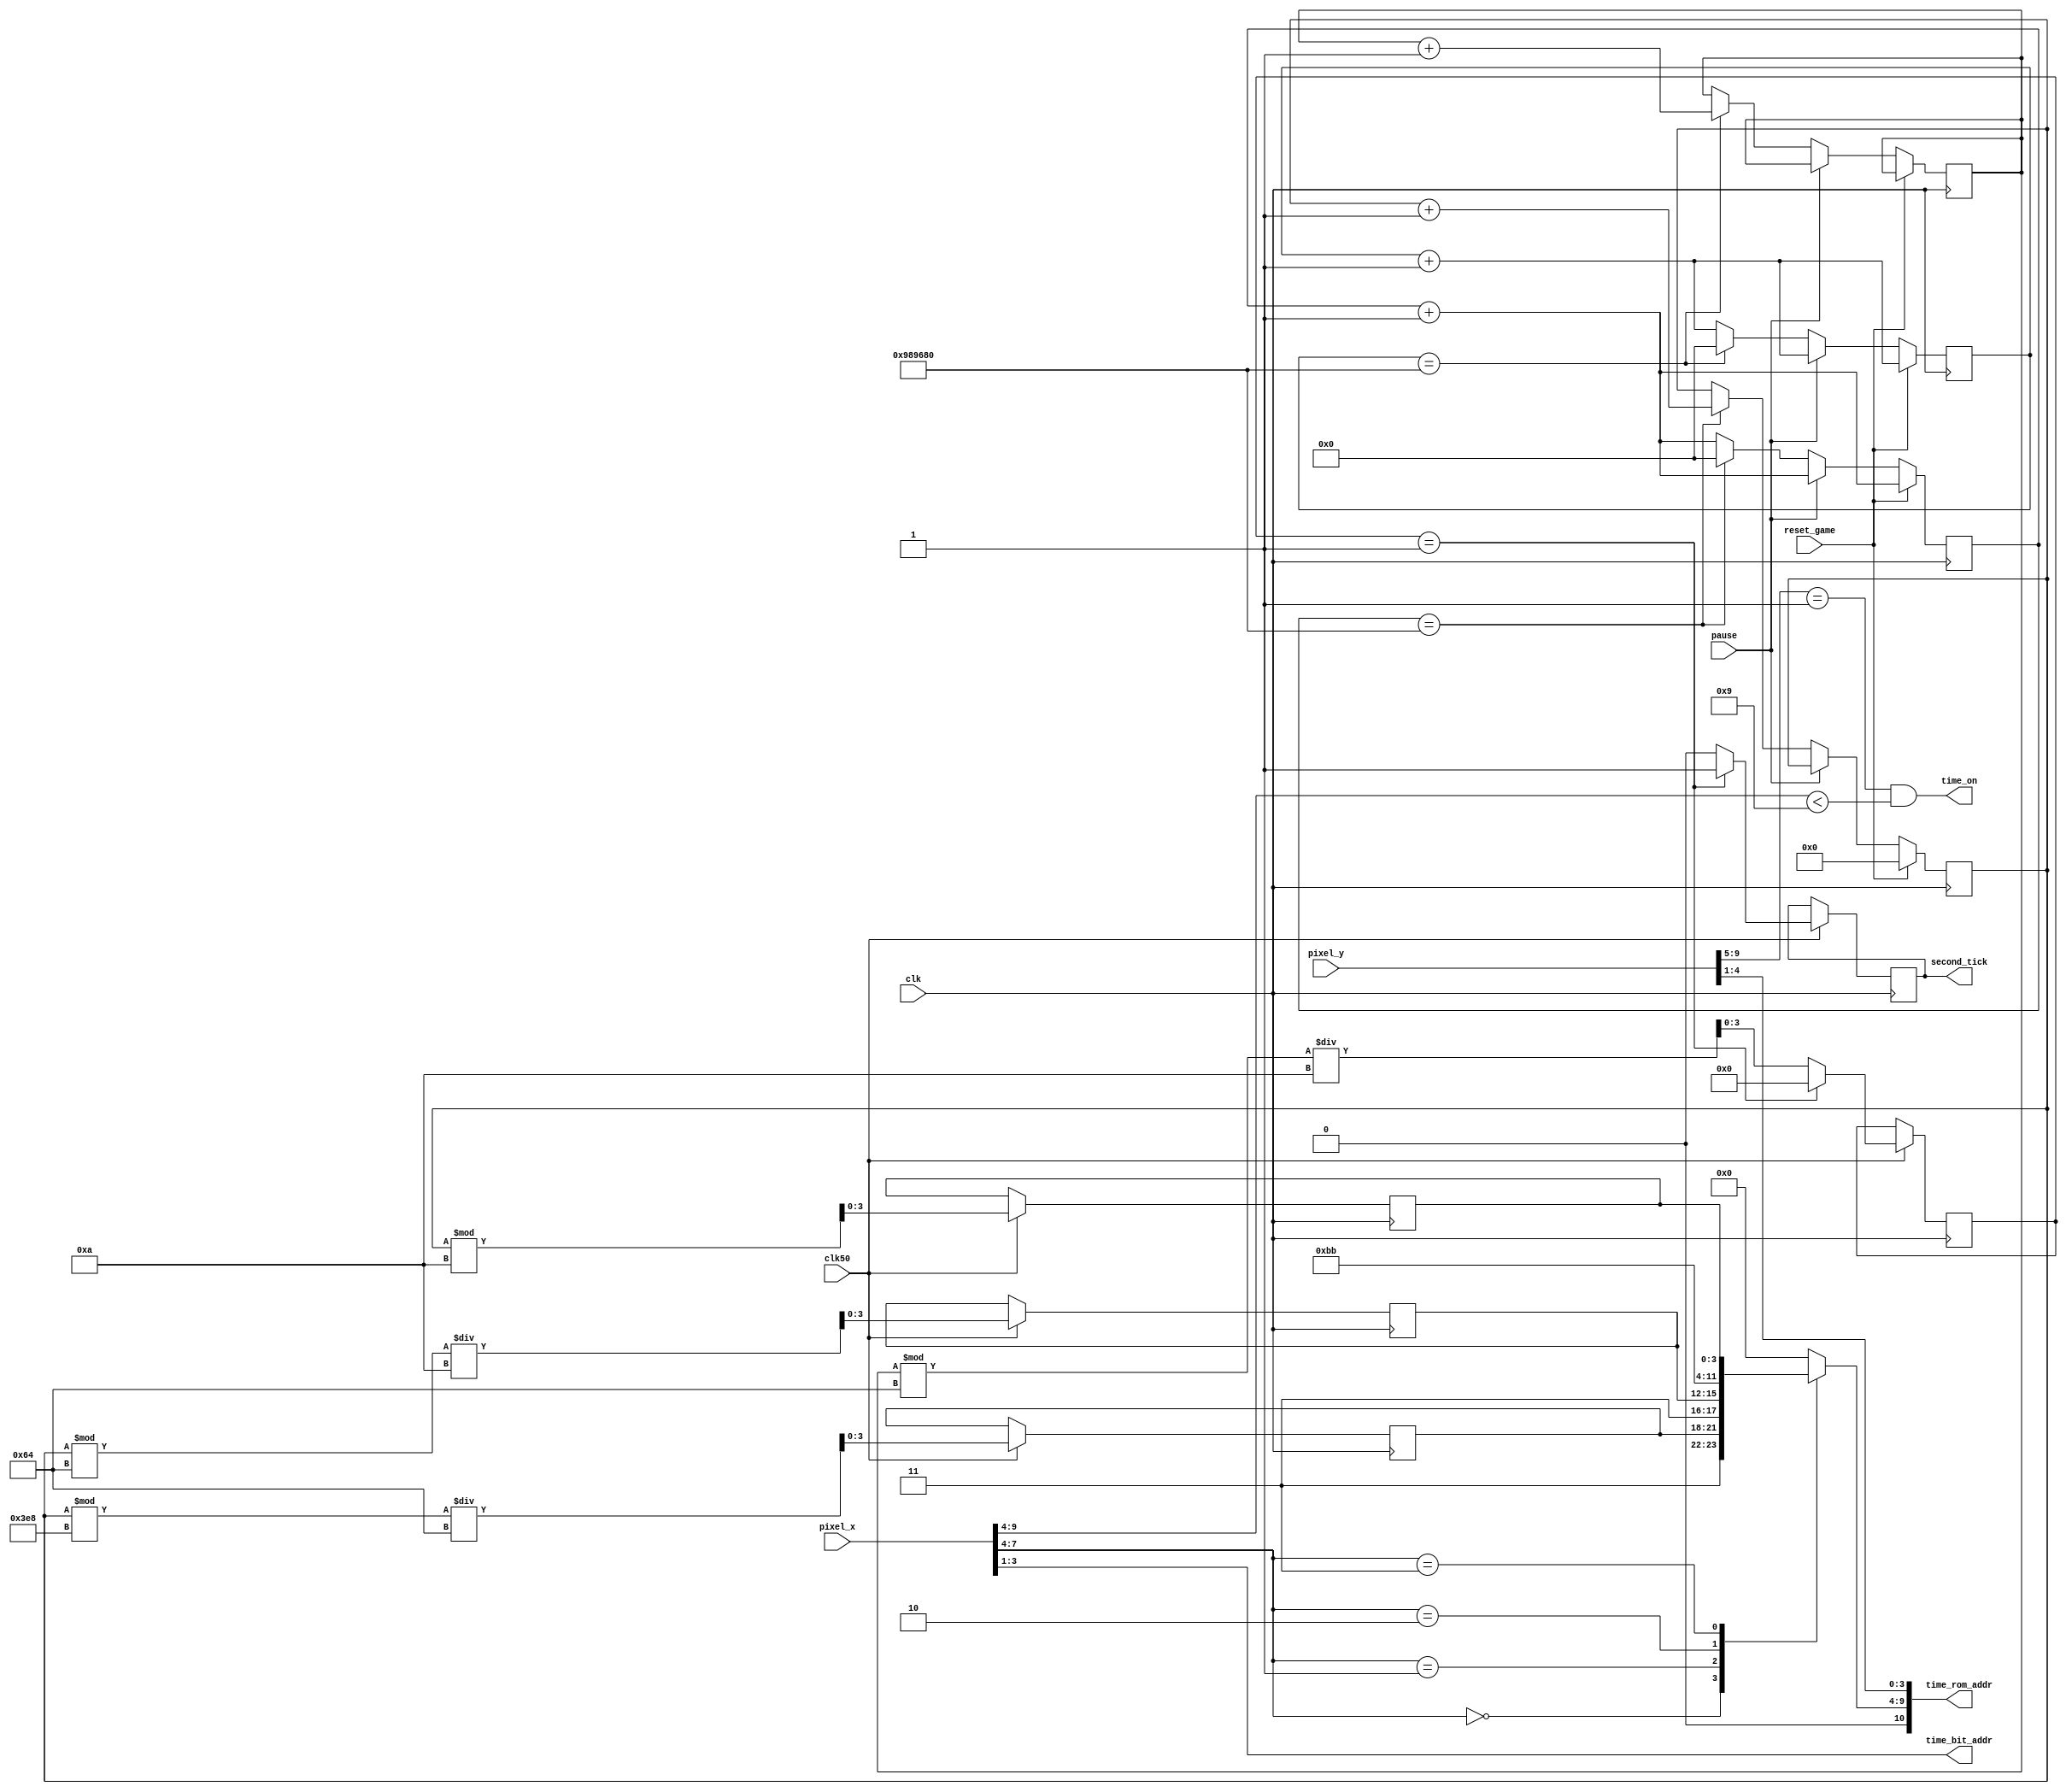
`timescale 1ns / 1ps

module Time_Display(clk, reset_game, pause, clk50, pixel_x, pixel_y, time_on, time_bit_addr, time_rom_addr, second_tick);


//Declare Inputs and Outputs
input clk, reset_game, pause, clk50;
input [9:0] pixel_x, pixel_y;
output time_on;
output [2:0] time_bit_addr;
output [10:0] time_rom_addr;
output reg second_tick;

wire [3:0] row_addr;    
reg [6:0] char_addr;
reg [23:0] time_count;
reg [9:0] runTime;
reg [3:0] milliseconds, seconds, seconds_10s;

//Assign where time should be shown
assign time_on = (pixel_y [9: 5] == 1) && (pixel_x [9: 4] < 9) ;

//Construct ROM address to show
assign row_addr = pixel_y [4:1];
assign time_bit_addr = pixel_x [3:1];
assign time_rom_addr = {char_addr, row_addr};

reg[23:0] tempCount;
reg [9:0] tempRunTime;
reg[3:0] tempSeconds;
always @(posedge clk)
begin
    tempCount <= tempCount + 1;
    if (reset_game)
        tempRunTime <= tempRunTime;
    else if (pause)
        tempRunTime <= tempRunTime;
    else if (tempCount == 10000000)
    begin
        tempCount <= 0;
        tempRunTime <= tempRunTime + 1;
    end
    if (clk50)
        begin
            second_tick <= 1'b0;
            tempSeconds <= (tempRunTime % 100) / 10;
            if (tempSeconds == 1)
                begin
                    second_tick <= 1'b1;
                    tempSeconds <= 1'b0;
                end
        end

end

//Logic for determining milliseconds and seconds
always @(posedge clk)
begin
    time_count <= time_count + 1;
    if (reset_game) //Reset the timer
        runTime <= 0;
    else if (pause)
        runTime <= runTime;
    else if (time_count == 10000000)
        begin
            time_count <= 0;
            runTime <= runTime + 1;
        end
    if (clk50)
        begin
            milliseconds <= runTime % 10;
            seconds <= (runTime % 100) / 10;
            seconds_10s <= (runTime % 1000) / 100;
        end
end

//Display on screen based on mapping from ROM
always @*
    case (pixel_x [7:4])
        4'h0: char_addr = {3'b011, seconds_10s}; //Seconds tens digit
        4'h1: char_addr = {3'b011, seconds};     //Seconds
        4'h2: char_addr = 7'h2e;                 //Colon
        4'h3: char_addr = {3'b011, milliseconds};//Milliseconds
    default: char_addr = 7'h00;
endcase


endmodule